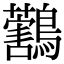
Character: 𪇜